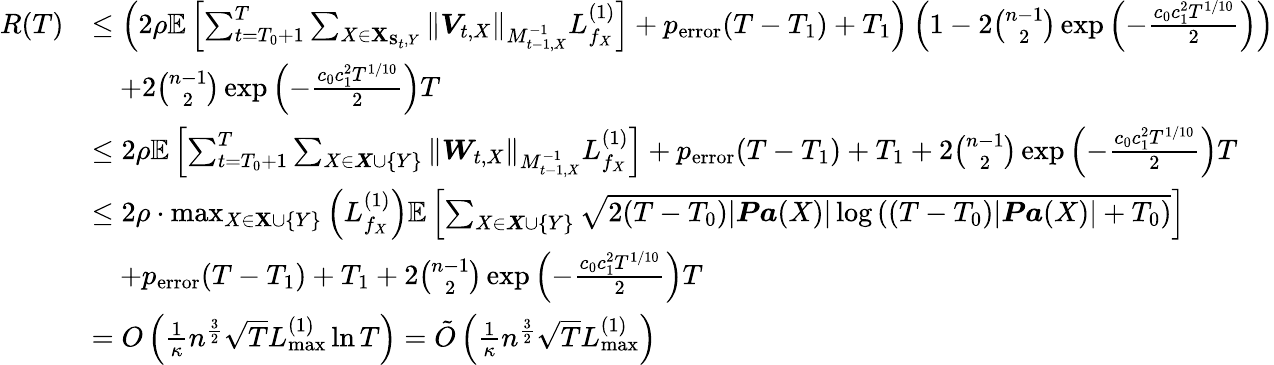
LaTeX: \begin{array}{rl}{R(T)}&{\leq\left(2\rho\mathbb{E}\left[\sum_{t=T_{0}+1}^{T}\sum_{X\in{\mathbf X}_{{\mathbf S}_{t},Y}}\left\| \boldsymbol{V}_{t,X}\right\| _{M_{t-1,X}^{-1}}L_{f_{X}}^{(1)}\right]+p_{\mathrm{error}}(T-T_{1})+T_{1}\right)\left(1-2\binom{n-1}{2}\exp\left(-\frac{c_{0}c_{1}^{2}T^{1/10}}{2}\right)\right)}\\ &{\quad+2\binom{n-1}{2}\exp\left(-\frac{c_{0}c_{1}^{2}T^{1/10}}{2}\right)T}\\ &{\leq 2\rho\mathbb{E}\left[\sum_{t=T_{0}+1}^{T}\sum_{X\in\boldsymbol{X}\cup\{ Y\} }\left\| \boldsymbol{W}_{t,X}\right\| _{M_{t-1,X}^{-1}}L_{f_{X}}^{(1)}\right]+p_{\mathrm{error}}(T-T_{1})+T_{1}+2\binom{n-1}{2}\exp\left(-\frac{c_{0}c_{1}^{2}T^{1/10}}{2}\right)T}\\ &{\leq 2\rho\cdot\operatorname*{max}_{X\in{\mathbf X}\cup\{ Y\} }\left(L_{f_{X}}^{(1)}\right)\mathbb{E}\left[\sum_{X\in\boldsymbol{X}\cup\{ Y\} }\sqrt{2(T-T_{0})|\boldsymbol{\mathit Pa}(X)|\log\left((T-T_{0})|\boldsymbol{\mathit Pa}(X)|+T_{0}\right)}\right]}\\ &{\quad+p_{\mathrm{error}}(T-T_{1})+T_{1}+2\binom{n-1}{2}\exp\left(-\frac{c_{0}c_{1}^{2}T^{1/10}}{2}\right)T}\\ &{=O\left(\frac{1}{\kappa}n^{\frac{3}{2}}\sqrt{T}L_{\operatorname*{max}}^{(1)}\ln T\right)=\tilde{O}\left(\frac{1}{\kappa}n^{\frac{3}{2}}\sqrt{T}L_{\operatorname*{max}}^{(1)}\right)}\end{array}